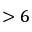
> 6